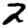
Digit: 2